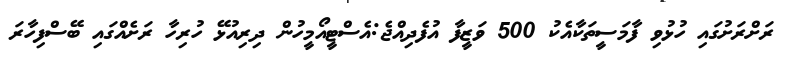
ރަށްރަށުގައި ހުޅުވި ފާމަސީތަކާއެކު 500 ވަޒީފާ އުފެދިއްޖެ:އެސްޓީއޯމީހުން ދިރިއުޅޭ ހުރިހާ ރަށެއްގައި ބޭސްފިހާރަ